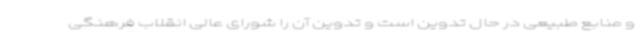
و منابع طبیعی در حال تدوین است و تدوین آن را شورای عالی انقلاب فرهنگی